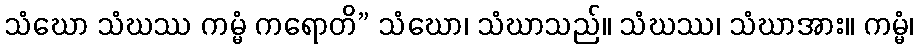
သံဃော သံဃဿ ကမ္မံ ကရောတိ” သံဃော၊ သံဃာသည်။ သံဃဿ၊ သံဃာအား။ ကမ္မံ၊